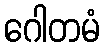
ဂေါတမံ